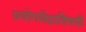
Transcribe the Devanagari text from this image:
प्रयोगकेंद्राविषयी